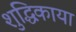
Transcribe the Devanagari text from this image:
शुद्धिकाया